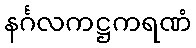
နင်္ဂလကဋ္ဌကရဏံ